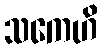
သကေဟိ